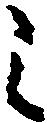
之